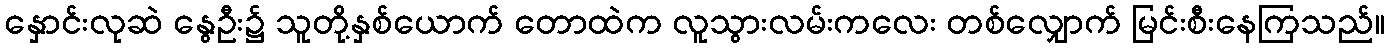
နှောင်းလုဆဲ နွေဦး၌ သူတို့နှစ်ယောက် တောထဲက လူသွားလမ်းကလေး တစ်လျှောက် မြင်းစီးနေကြသည်။